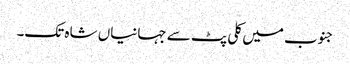
جنوب میں کلی پٹ سے جہانیاں شاہ تک۔